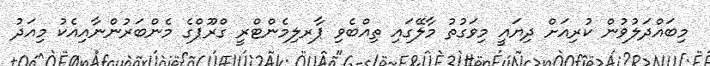
މިބައްދަލުވުން ކުރިއަށް ދިޔައީ މިވަގުތު މާލޭގައި ތިއްބެވި ޕާރލިމެންޓްރީ ގްރޫޕްގެ މެންބަރުންނާއިއެކު މިއަދު